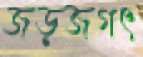
জড়জগৎ